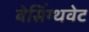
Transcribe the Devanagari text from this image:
बेसिंग्थवेट